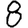
Digit: 8